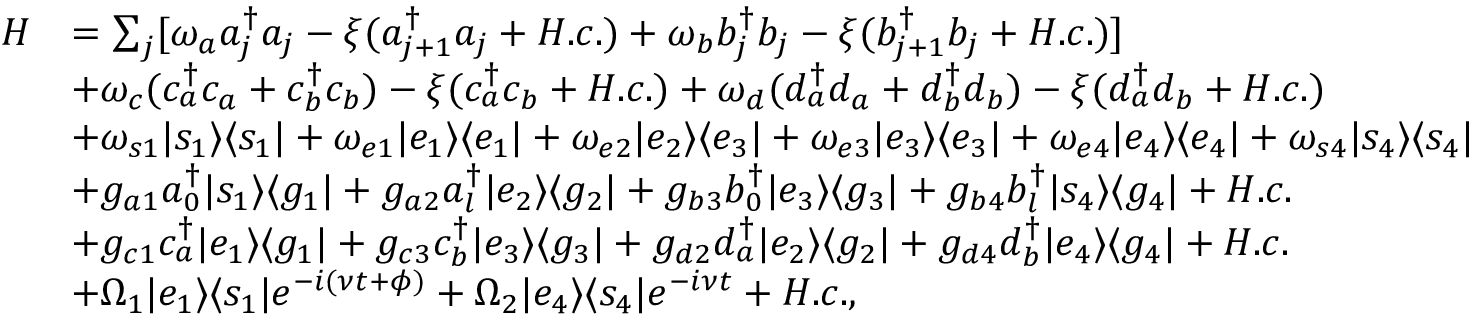
\begin{array} { r l } { H } & { = \sum _ { j } [ \omega _ { a } a _ { j } ^ { \dag } a _ { j } - \xi ( a _ { j + 1 } ^ { \dag } a _ { j } + H . c . ) + \omega _ { b } b _ { j } ^ { \dag } b _ { j } - \xi ( b _ { j + 1 } ^ { \dag } b _ { j } + H . c . ) ] } \\ & { + \omega _ { c } ( c _ { a } ^ { \dag } c _ { a } + c _ { b } ^ { \dag } c _ { b } ) - \xi ( c _ { a } ^ { \dag } c _ { b } + H . c . ) + \omega _ { d } ( d _ { a } ^ { \dag } d _ { a } + d _ { b } ^ { \dag } d _ { b } ) - \xi ( d _ { a } ^ { \dag } d _ { b } + H . c . ) } \\ & { + \omega _ { s 1 } | s _ { 1 } \rangle \langle s _ { 1 } | + \omega _ { e 1 } | e _ { 1 } \rangle \langle e _ { 1 } | + \omega _ { e 2 } | e _ { 2 } \rangle \langle e _ { 3 } | + \omega _ { e 3 } | e _ { 3 } \rangle \langle e _ { 3 } | + \omega _ { e 4 } | e _ { 4 } \rangle \langle e _ { 4 } | + \omega _ { s 4 } | s _ { 4 } \rangle \langle s _ { 4 } | } \\ & { + g _ { a 1 } a _ { 0 } ^ { \dag } | s _ { 1 } \rangle \langle g _ { 1 } | + g _ { a 2 } a _ { l } ^ { \dag } | e _ { 2 } \rangle \langle g _ { 2 } | + g _ { b 3 } b _ { 0 } ^ { \dag } | e _ { 3 } \rangle \langle g _ { 3 } | + g _ { b 4 } b _ { l } ^ { \dag } | s _ { 4 } \rangle \langle g _ { 4 } | + H . c . } \\ & { + g _ { c 1 } c _ { a } ^ { \dag } | e _ { 1 } \rangle \langle g _ { 1 } | + g _ { c 3 } c _ { b } ^ { \dag } | e _ { 3 } \rangle \langle g _ { 3 } | + g _ { d 2 } d _ { a } ^ { \dag } | e _ { 2 } \rangle \langle g _ { 2 } | + g _ { d 4 } d _ { b } ^ { \dag } | e _ { 4 } \rangle \langle g _ { 4 } | + H . c . } \\ & { + \Omega _ { 1 } | e _ { 1 } \rangle \langle s _ { 1 } | e ^ { - i ( \nu t + \phi ) } + \Omega _ { 2 } | e _ { 4 } \rangle \langle s _ { 4 } | e ^ { - i \nu t } + H . c . , } \end{array}